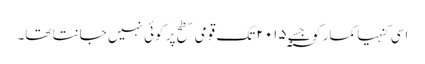
اسی کنہیا کمار کو جسے ۲۰۱۵؁ تک قومی سطح پر کوئی نہیں جانتا تھا۔